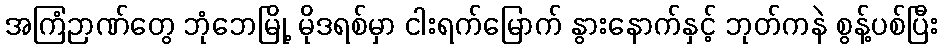
အကြံဉာဏ်တွေ ဘုံဘေမြို့ မိုဒရစ်မှာ ငါးရက်မြောက် နွားနောက်နှင့် ဘုတ်ကနဲ စွန့်ပစ်ပြီး